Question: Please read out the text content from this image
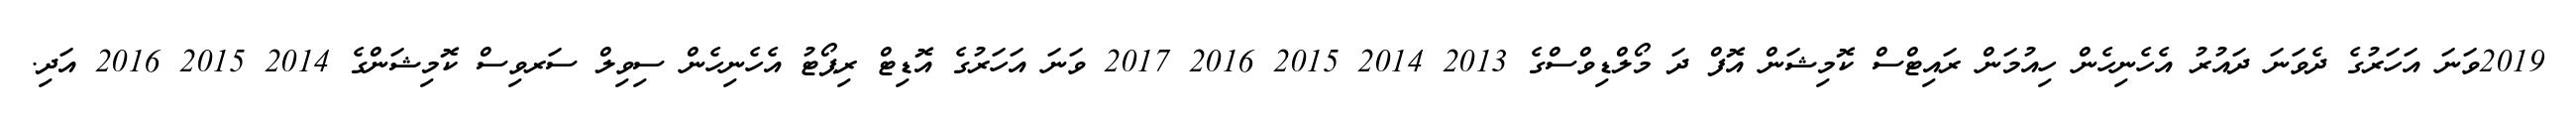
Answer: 2019ވަނަ އަހަރުގެ ދެވަނަ ދައުރު އެހެނިހެން ހިއުމަން ރައިޓްސް ކޮމިޝަން އޮފް ދަ މޯލްޑިވްސްގެ 2013 2014 2015 2016 2017 ވަނަ އަހަރުގެ އޮޑިޓް ރިޕޯޓު އެހެނިހެން ސިވިލް ސަރވިސް ކޮމިޝަންގެ 2014 2015 2016 އަދި.